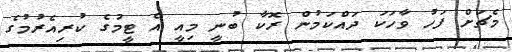
މެޗަށް ފަހު ވާހަކަ ދައްކަމުން ރޮކާ ބުނީ މިއީ އެ ޓީމުގެ ކުރިއެރުމުގެ